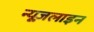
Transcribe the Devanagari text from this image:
न्यूज़लाइन